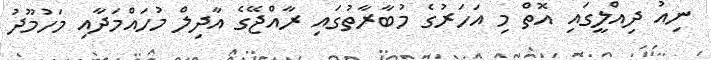
ނިއު ދިއްލީގައި އޮތް މި އަހަރުގެ މުބާރާތުގައި ރާއްޖޭގެ އާދިލް މުހައްމަދާއި މަހުމޫދު